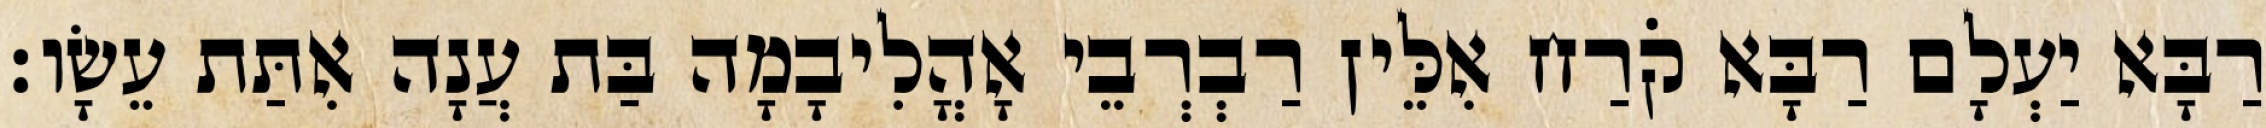
רַבָּא יַעְלָם רַבָּא קֹרַח אִלֵּין רַבְרְבֵי אָהֳלִיבָמָה בַּת עֲנָה אִתַּת עֵשָׂו׃